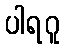
ပါရဂူ